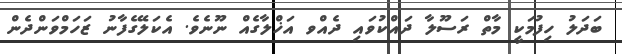
ބަދަލު ހިފުމަކީ މާތް ރަސޫލާ ދައްކުވައި ދެއްވ އަޚްލާގެއް ނޫނެވެ. އެކަލޭގެފާނު ޒަހަމްވަންދެން